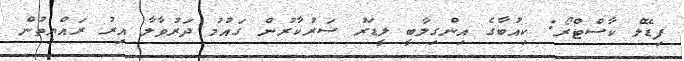
ފިޑޭލް ކާސްޓްރޯ: ކިއުބާގެ އިންގިލާބީ ލީޑަރު ސަރުކާރުން ގައުމު ދަރުވާލާ އިރު ރައްޔިތުން